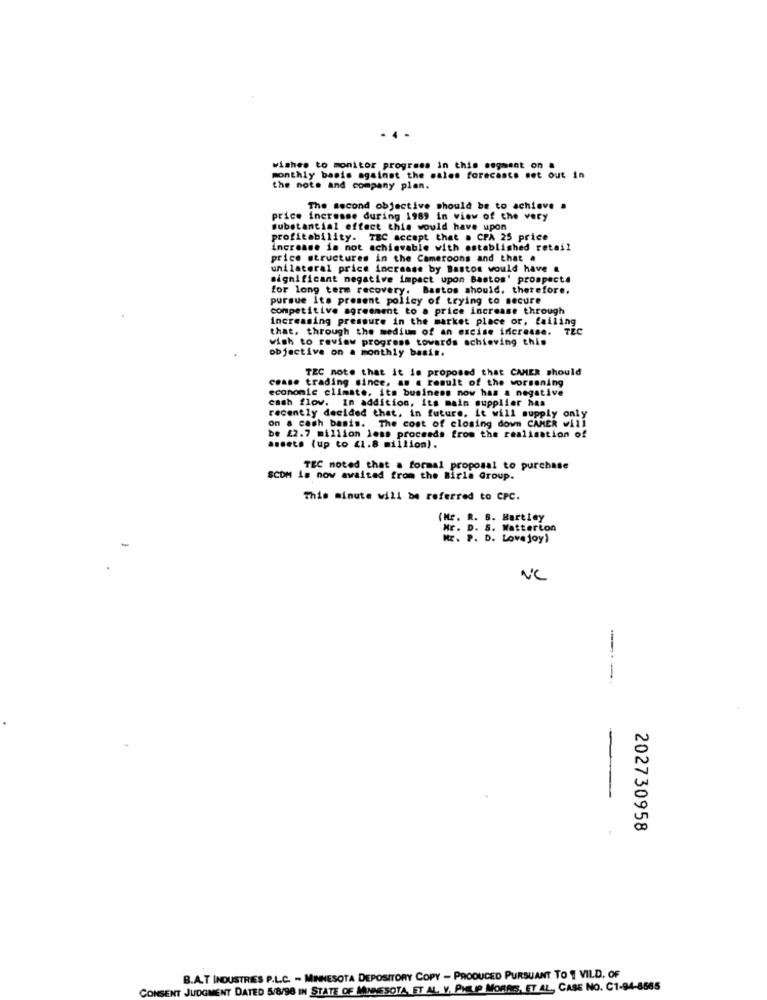
- 4 -
wishes to monitor progress in this segment on &
monthly basis against the males forecasts set out in
the note and company plan.
The second objective should be to achieve a
price increase during 1989 in view of the very
Substantial effect this would have upon
profitability. TEC accept that a CPA 25 price
increase is not achievable with established retail
price structures in the Cameroons and that a
unilateral price increase by Bastos would have &
significant negative impact upon Bastos' prospecte
for long term recovery. Bastos should, therefore.
pursue its present policy of trying to secure
competitive agreement to a price increase through
increasing pressure in the market place or. failing
that, through the medium of an excise increase.
TEC
wish to review progress towards achieving this
objective on a monthly basis.
TEC note that it is proposed that CAMER should
cease trading since, as a result of the worsening
economic climate, its business now has a negative
cash flow. In addition, its main supplier has
recently decided that, in future, it will supply only
on a cash basis. The cost of closing down CAMER will
be £2.7 million less proceeds from the realisation of
assets (up to £1.8 million).
TEC noted that a formal proposal to purchase
SCOM is now awaited from the Birla Group.
This minute will be referred to CPC.
(Mr. R. B. Hartley
Mr. D. S. Watterton
Mr. P. D. Love joy)
NC
---
202730958
B.A.T INDUSTRIES P.L.C. - MINNESOTA DEPOSITORY COPY - PRODUCED PURSUANT TO " VILD. OF
CONSENT JUDGMENT DATED 5/8/98 IN STATE OF MINNESOTA, ET AL V. PHILIP MORRIS, ET AL, CASE NO. C1-94-8565